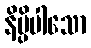
နိပ္ပိပါသော